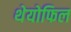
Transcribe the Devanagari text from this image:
थेयोफिल